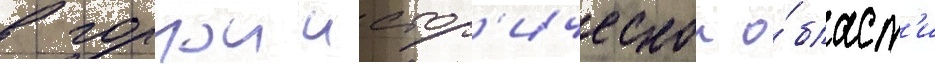
в горнои истор'ическои о́бласт'и